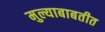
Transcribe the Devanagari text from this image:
मुल्याबाबतीत